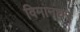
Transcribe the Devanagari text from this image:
विमानघरे